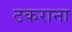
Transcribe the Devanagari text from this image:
ठकराना